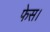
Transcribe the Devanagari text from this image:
फेस।